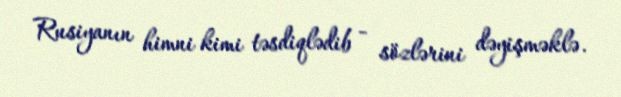
Rusiyanın himni kimi təsdiqlədib - sözlərini dəyişməklə.